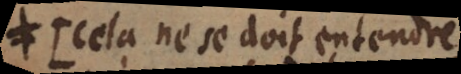
cela se doit entendre